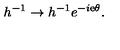
h ^ { - 1 } \to h ^ { - 1 } { e } ^ { - i { \mathrm { e } } \theta } .